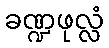
ခဏ္ဍဖုလ္လံ